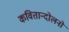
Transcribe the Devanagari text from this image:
कवितान्दोलनो